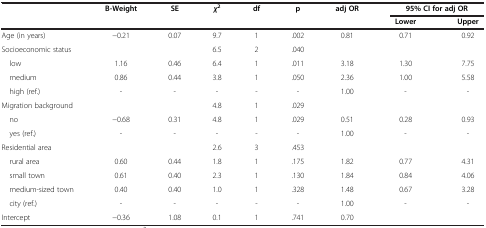
| <ROWSPAN=2>  | <ROWSPAN=2> B-Weight | <ROWSPAN=2> SE | <ROWSPAN=2> χ2 | <ROWSPAN=2> df | <ROWSPAN=2> p | <ROWSPAN=2> adj OR | <COLSPAN=2> 95% CI for adj OR |
 | Lower | Upper |
 | --- | --- | --- | --- | --- | --- | --- | --- | --- |
 | Age (in years) | −0.21 | 0.07 | 9.7 | 1 | .002 | 0.81 | 0.71 | 0.92 |
 | Socioeconomic status |  |  | 6.5 | 2 | .040 |  |  |  |
 | low | 1.16 | 0.46 | 6.4 | 1 | .011 | 3.18 | 1.30 | 7.75 |
 | medium | 0.86 | 0.44 | 3.8 | 1 | .050 | 2.36 | 1.00 | 5.58 |
 | high (ref.) | - | - | - | - | - | 1.00 | - | - |
 | Migration background |  |  | 4.8 | 1 | .029 |  |  |  |
 | no | −0.68 | 0.31 | 4.8 | 1 | .029 | 0.51 | 0.28 | 0.93 |
 | yes (ref.) | - | - | - | - | - | 1.00 | - | - |
 | Residential area |  |  | 2.6 | 3 | .453 |  |  |  |
 | rural area | 0.60 | 0.44 | 1.8 | 1 | .175 | 1.82 | 0.77 | 4.31 |
 | small town | 0.61 | 0.40 | 2.3 | 1 | .130 | 1.84 | 0.84 | 4.06 |
 | medium-sized town | 0.40 | 0.40 | 1.0 | 1 | .328 | 1.48 | 0.67 | 3.28 |
 | city (ref.) | - | - | - | - | - | 1.00 | - | - |
 | Intercept | −0.36 | 1.08 | 0.1 | 1 | .741 | 0.70 |  |  |